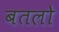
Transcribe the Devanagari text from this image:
बतलो